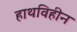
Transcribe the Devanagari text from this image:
हाथविहीन